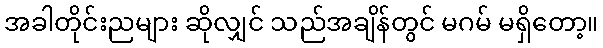
အခါတိုင်းညများ ဆိုလျှင် သည်အချိန်တွင် မဂမ် မရှိတော့။